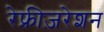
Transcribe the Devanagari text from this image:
रेफ्रीज़रेशन